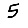
Digit: 5